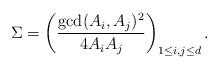
LaTeX: \begin{align*}\Sigma = \left( \frac{{\rm gcd}(A_i,A_j)^2}{4 A_i A_j}\right)_{1\le i,j \le d}. \end{align*}